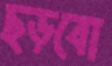
ছড়বো